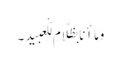
وَمَا أَنَا بِظَلَّامٍ لِّلْعَبِیدِ ۔